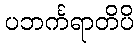
ပဘင်္ကရာတိပိ